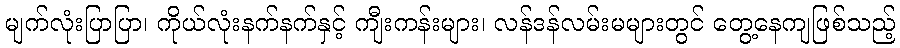
မျက်လုံးပြာပြာ၊ ကိုယ်လုံးနက်နက်နှင့် ကျီးကန်းများ၊ လန်ဒန်လမ်းမများတွင် တွေ့နေကျဖြစ်သည့်